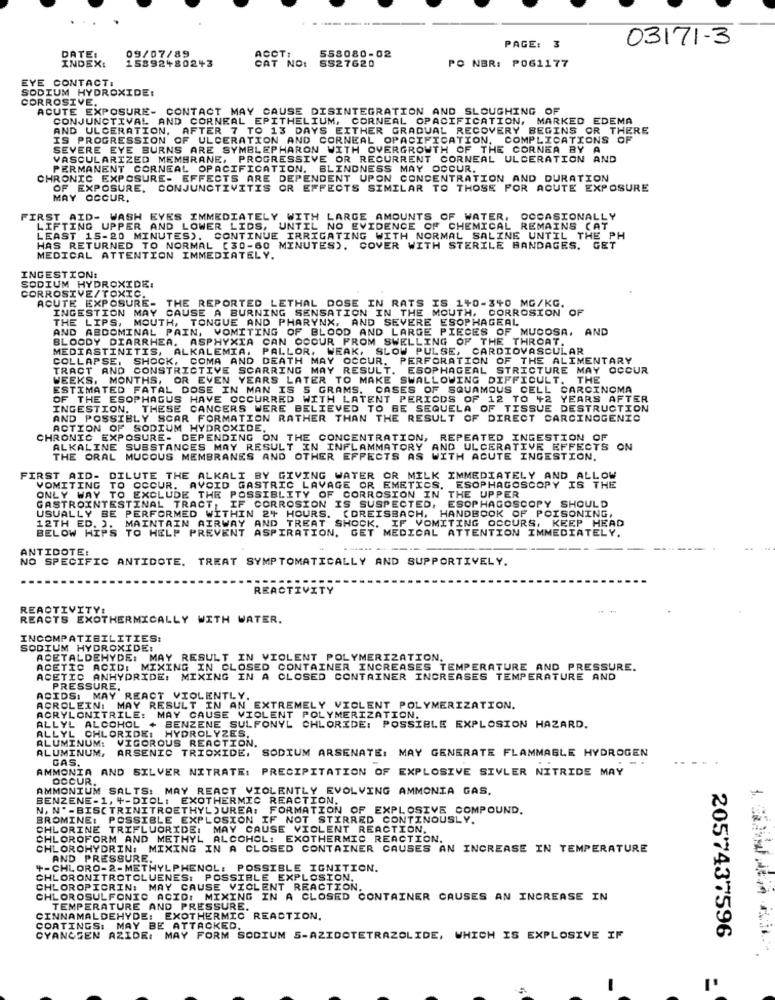
03171-3
ACCT:
558080-02
PAGE: 3
DATE:
INDEX:
09/07/89
15892+802+3
T NO:
SS27620
PO NBR: P061177
EYE CONTACT:
SODIUM HYDROXIDE:
CORROSIVE,
ACUTE EXPOSURE- CONTACT MAY CAUSE DISINTEGRATION AND SLOUGHING OF
CONJUNCTIVAL AND CORNEAL EPITHELIUM, CORNEAL OPACIFICATION, MARKED EDEMA
AND ULCERATION, AFTER 7 TO 13 DAYS EITHER GRADUAL RECOVERY BEGINS OR THERE
IS PROGRESSION OF ULCERATION AND CORNEAL OPACIFICATION, COMPLICATIONS OF
SEVERE EYE BURNS ARE SYMBLEPHARON WITH OVERGROWTH OF THE CORNEA BY A
VASCULARIZED MEMBRANE, PROGRESSIVE OR RECURRENT CORNEAL ULCERATION AND
PERMANENT CORNEAL OPACIFICATION. BLINDNESS MAY OCCUR.
CHRONIC EXPOSURE- EFFECTS ARE DEPENDENT UPON CONCENTRATION AND DURATION
OF EXPOSURE,
CONJUNCTIVITIS OR EFFECTS SIMILAR TO THOSE FOR ACUTE EXPOSURE
MAY OCCUR.
FIRST AID- WASH EYES IMMEDIATELY WITH LARGE AMOUNTS OF WATER, OCCASIONALLY
LIFTING UPPER AND LOWER LIDS, UNTIL NO EVIDENCE OF CHEMICAL REMAINS (AT
LEAST 15-20 MINUTES). CONTINUE IRRIGATING WITH NORMAL SALINE UNTIL THE PH
HAS RETURNED TO NORMAL [30-60 MINUTES). COVER WITH STERILE BANDAGES. GET
MEDICAL ATTENTION IMMEDIATELY.
INGESTION:
SODIUM HYDROXIDE:
CORROSIVE/TOXIC.
ACUTE EXPOSURE- THE REPORTED LETHAL DOSE IN RATS IS 1+0-340 MG/KG.
INGESTION MAY CAUSE A BURNING SENSATION IN THE MOUTH, CORROSION OF
THE LIPS, MOUTH, TONGUE AND PHARYNX, AND SEVERE ESOPHAGEAL
AND ABDOMINAL PAIN, VOMITING OF BLOOD AND LARGE PIECES OF MUCOSA, AND
BLOODY DIARRHEA. ASPHYXIA CAN OCCUR FROM SWELLING OF THE THROAT.
MEDIASTINITIS, ALKALEMIA,
PALLOR, WEAK, SLOW PULSE, CARDIOVASCULAR
COLLAPSE,
SHOCK, COMA AND DEATH MAY OCCUR. PERFORATION OF THE ALIMENTARY
TRACT AND CONSTRICTIVE SCARRING MAY RESULT.
ESOPHAGEAL STRICTURE MAY OCCUR
WEEKS, MONTHS, OR EVEN YEARS LATER TO MAKE SWALLOWING DIFFICULT.
THE
ESTIMATED FATAL DOSE IN MAN IS 5 GRAMS. CASES OF SQUAMOUS CELL CARCINOMA
OF THE ESOPHAGUS HAVE OCCURRED WITH LATENT PERIODS OF 12 TO +2 YEARS AFTER
INGESTION. THESE CANCERS WERE BELIEVED TO BE SEQUELA OF TISSUE DESTRUCTION
AND POSSIBLY SCAR FORMATION RATHER THAN THE RESULT OF DIRECT CARCINOGENIC
ACTION OF SODIUM HYDROXIDE.
CHRONIC EXPOSURE- DEPENDING ON THE CONCENTRATION, REPEATED INGESTION OF
ALKALINE SUBSTANCES MAY RESULT IN INFLAMMATORY AND ULCERATIVE EFFECTS ON
THE ORAL MUCOUS MEMBRANES AND OTHER EFFECTS AS WITH ACUTE INGESTION.
FIRST AID-
DILUTE THE ALKALI BY GIVING WATER OR MILK IMMEDIATELY AND ALLOW
VOMITING TO OCCUR. AVOID GASTRIC LAVAGE OR EMETICS.
ESOPHAGOSCOPY IS THE
ONLY WAY TO EXCLUDE THE POSSIBLITY OF CORROSION IN THE UPPER
GASTROINTESTINAL TRACT, IF CORROSION IS SUSPECTED,
ESOPHAGOSCOPY SHOULD
USUALLY BE PERFORMED WITHIN 24 HOURS. (DREISBACH.
MAINTAIN AIRWAY AND TREAT SHOCK. IF VOMITING OCCURS, KEEP HEAD
HANDBOOK OF POISONING,
12TH ED. 2.
BELOW HIPS TO HELP PREVENT ASPIRATION. GET MEDICAL ATTENTION IMMEDIATELY.
ANTIDOTE:
NO SPECIFIC ANTIDOTE. TREAT SYMPTOMATICALLY AND SUPPORTIVELY.
REACTIVITY
REACTIVITY:
REACTS EXOTHERMICALLY WITH WATER.
INCOMPATIBILITIES:
SODIUM HYDROXIDE:
ACETALDEHYDE: MAY RESULT IN VIOLENT POLYMERIZATION.
ACETIC ACID: MIXING IN CLOSED CONTAINER INCREASES TEMPERATURE AND PRESSURE.
ACETIC ANHYDRIDE: MIXING IN A CLOSED CONTAINER INCREASES TEMPERATURE AND
PRESSURE.
ACIDS: MAY REACT VIOLENTLY.
ACROLEIN: MAY RESULT IN AN EXTREMELY VIOLENT POLYMERIZATION.
ACRYLONITRILE: MAY CAUSE VIOLENT POLYMERIZATION.
ALLYL ALCOHOL + BENZENE SULFONYL CHLORIDE: POSSIBLE EXPLOSION HAZARD.
ALLYL CHLORIDE:
HYDROLYZES.
ALUMINUM:
VIGOROUS REACTION.
ALUMINUM.
ARSENIC TRIOXIDE, SODIUM ARSENATE: MAY GENERATE FLAMMABLE HYDROGEN
GAS.
AMMONIA AND SILVER NITRATE: PRECIPITATION OF EXPLOSIVE SIVLER NITRIDE MAY
OCCUR.
AMMONIUM SALTS: MAY REACT VIOLENTLY EVOLVING AMMONIA GAS.
BENZENE-1, 4-DIOL: EXOTHERMIC REACTION.
N. N" -BIS(TRINITROETHYL )UREA: FORMATION OF EXPLOSIVE COMPOUND.
BROMINE: POSSIBLE EXPLOSION IF NOT STIRRED CONTINOUSLY.
CHLORINE TRIFLUORIDE: MAY CAUSE VIOLENT REACTION,
CHLOROFORM AND METHYL ALCOHOL: EXOTHERMIC REACTION.
CHLOROHYDRIN: MIXING IN A CLOSED CONTAINER CAUSES AN INCREASE IN TEMPERATURE
AND PRESSURE.
+-CHLORO-2-METHYLPHENOL: POSSIBLE IGNITION.
CHLORONITROTOLUENES: POSSIBLE EXPLOSION.
CHLOROPICRIN: MAY CAUSE VIOLENT REACTION.
CHLOROSULFONIC ACID: MIXING IN A CLOSED CONTAINER CAUSES AN INCREASE IN
TEMPERATURE AND PRESSURE.
CINNAMALDEHYDE: EXOTHERMIC REACTION.
COATINGS: MAY BE ATTACKED.
2057437596
CYANOGEN AZIDE:
MAY FORM SODIUM S-AZIDOTETRAZOLIDE, WHICH IS EXPLOSIVE IF
-